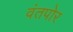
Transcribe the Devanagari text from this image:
वंतपोर